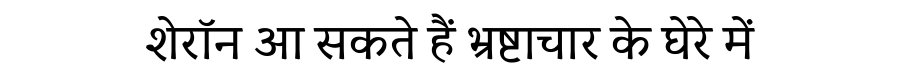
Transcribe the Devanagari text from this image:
शेरॉन आ सकते हैं भ्रष्टाचार के घेरे में